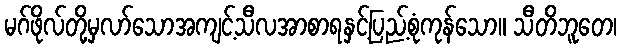
မဂ်ဖိုလ်တို့မှလာ်သောအကျင့်သီလအာစာရနှင့်ပြည့်စုံကုန်သော။ သီတိဘူတေ၊